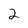
Character: 2